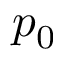
p _ { 0 }